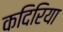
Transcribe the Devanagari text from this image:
कदिरिया